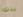
بذلك